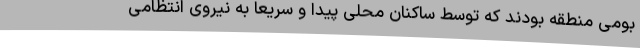
بومی منطقه بودند که توسط ساکنان محلی پیدا و سریعا به نیروی انتظامی